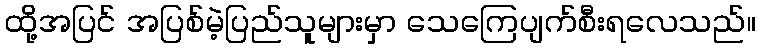
ထို့အပြင် အပြစ်မဲ့ပြည်သူများမှာ သေကြေပျက်စီးရလေသည်။